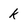
Character: k